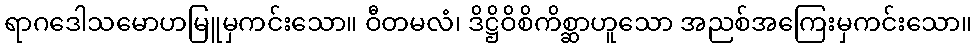
ရာဂဒေါသမောဟမြူမှကင်းသော။ ဝီတမလံ၊ ဒိဋ္ဌိဝိစိကိစ္ဆာဟူသော အညစ်အကြေးမှကင်းသော။